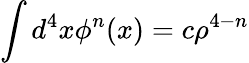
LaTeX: \int d^{4}x\phi^{n}(x)=c\rho^{4-n}